Annual report on the working of the mental hospitals in the Madras Presidency - 1912-1932
Year: 1912
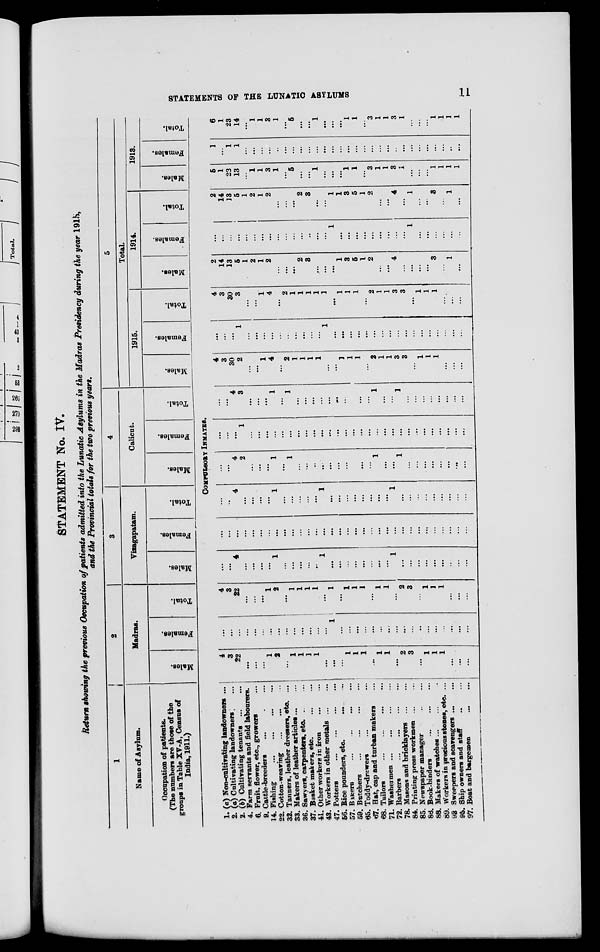
STATEMENTS OF THE LUNATIC ASYLUMS
11
STATEMENT No. IV.
Return showing the previous Occupation of patients admitted into the Lunatic Asylums in the Madras Presidency during the year 1915,
and the Provincial totals for the two previous years.
1
Name of Asylum.
Occupation of patients.
(The numbers are those of the
groups in Table XV-A, Census of
India, 1911.)
2
Madras.
Males.
Females.
Total.
3
Vizagapatam.
Males.
Females.
Total.
4
Calicut.
Males.
Females.
Total.
5
Total.
1915.
Males.
Females.
Total.
1914.
Males.
Females.
Total.
1913.
Males.
Females.
Total.
COMPULSORY INMATES.
1. (a) Non-cultivating landowners ...
2. (a) Cultivating landowners . ...
2. (b) Cultivating tenants
...
...
4. Farm servants and field labourers.
6. Fruit, flower, etc., growers ...
9. Cattle-breeders ... ... ...
14. Fishing
...
...
...
...
22. Cotton-weaving ... ... ...
32. Tanners, leather dressers, etc. ...
33. Makers of leather articles ... ...
36. Sawyers, carpenters, etc. ... ...
37. Basket makers, etc.
...
...
41. Other workers in iron
...
...
43. Workers in other metals
...
...
47. Potters
...
...
...
...
56. Rice pounders, etc. ... ...
57.
Bakers
...
...
...
...
59. Butchers
...
...
...
...
65. Toddy-drawers ... ...
67. Hat, cap and turban makers ...
68. Tailors
...
...
...
...
71. Washermen ... ... ... ...
72. Barbers ... ... ... ...
78. Masons and bricklayers
...
...
84. Printing press workmen
...
...
85. Newspaper manager
...
...
86. Book-binders
...
...
...
88. Makers of watches ... ... ...
89. Workers in precious stones, etc. ...
93. Sweepers and scavengers ... ...
95. Ship owners and staff ... ...
97. Boat and bargemen
...
...
4
3
22
...
...
...
1
2
...
1
1
1
1
...
...
...
1
1
1
...
1
1
...
2
3
...
1
1
1
...
...
...
...
...
...
...
...
...
...
...
...
...
...
...
...
...
1
...
...
...
...
...
...
...
...
...
...
...
...
...
...
...
...
...
4
3
22
...
...
...
1
2
...
1
1
1
1
...
1
...
1
1
1
...
1
1
...
2
3
...
1
1
1
...
...
...
...
...
4
...
...
...
...
1
...
...
...
...
...
1
...
...
...
...
...
...
...
...
1
...
...
...
...
...
...
...
...
...
...
...
...
...
...
...
...
...
...
...
...
...
...
...
...
...
...
...
...
...
...
...
...
...
...
...
...
...
...
...
...
...
...
...
4
...
...
...
...
1
...
...
...
...
...
1
...
...
...
...
...
...
...
...
1
...
...
...
...
...
...
...
...
...
...
...
4
2
...
...
...
1
...
1
...
...
...
...
...
...
...
...
...
...
1
...
...
1
...
...
...
...
...
...
...
...
...
...
...
1
...
...
...
...
...
...
...
...
...
...
...
...
...
...
...
...
...
...
...
...
...
...
...
...
...
...
...
...
...
...
4
3
...
...
...
1
...
1
...
...
...
...
...
...
...
...
...
...
1
...
...
1
...
...
...
...
...
...
...
...
4
3
30
2
...
...
1
4
...
2
1
1
1
1
...
...
1
1
1
...
2
1
1
3
3
...
1
1
1
...
...
...
...
...
...
1
...
...
...
...
...
...
...
...
...
...
1
...
...
...
...
...
...
...
...
...
...
...
...
...
...
...
...
...
4
3
30
3
...
...
1
4
...
2
1
1
1
1
1
...
1
1
1
...
2
1
1
3
3
...
1
1
1
...
...
...
2
14
13
5
1
2
1
2
...
...
...
2
3
...
...
...
1
3
5
1
2
...
...
4
...
...
...
...
3
...
1
...
...
...
...
...
...
...
...
...
...
...
...
...
...
...
...
1
...
...
...
...
...
...
...
...
...
1
...
...
...
...
...
...
2
14
13
5
1
2
1
2
...
...
...
2
3
...
...
1
1
3
5
1
2
...
...
4
...
1
...
...
3
...
1
...
5
1
23
13
...
1
1
3
1
...
5
...
...
1
...
...
...
1
1
...
3
1
1
3
...
...
...
...
1
1
1
1
1
...
1
1
...
...
...
...
...
...
...
...
...
...
...
...
...
...
...
...
...
...
...
...
...
...
...
...
...
...
...
...
6
1
23
14
...
1
1
3
1
...
5
...
...
1
...
...
...
1
1
...
3
1
1
3
1
...
...
...
1
1
1
1